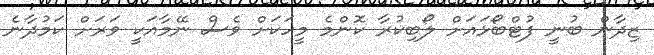
ޒިދާން ބުނީ ފުޓްބޯޅައަށް ލޯބިކުރާ ކޮންމެ މީހަކަށް ވެސް ނޭމާއަކީ ވަރަށް ކަމުދާނެ